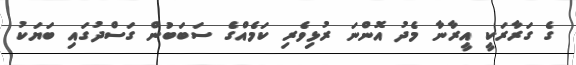
ގެ ގަރާރަކީ އީރާނާ މެދު އޮންނަ ރުޅިވެރި ކަމެއްގެ ސަބަބުން ގަސްދުގައި ބަޔަކު